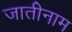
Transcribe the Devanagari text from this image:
जातीनाम